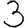
Digit: 3